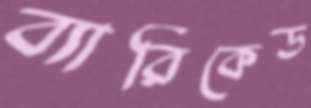
ব্যারিকেড